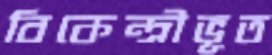
বিকেন্দ্রীভূত